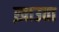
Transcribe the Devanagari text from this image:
ख़ाउता